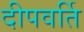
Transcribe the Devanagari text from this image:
दीपवर्ति